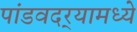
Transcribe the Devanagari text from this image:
पांडवदर्‍यामध्ये